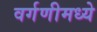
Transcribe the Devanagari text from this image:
वर्गणीमध्ये